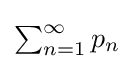
{\textstyle \sum _{n=1}^{\infty }p_{n}}